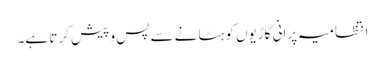
انتظامیہ پرانی گاڑیوں کو ہٹانے سے پس و پیش کرتا ہے۔